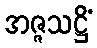
အဇ္ဇသဋ္ဌိံ